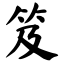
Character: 笈